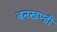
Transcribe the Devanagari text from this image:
बनखण्डी